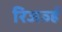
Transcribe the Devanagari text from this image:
रिजर्व्ह